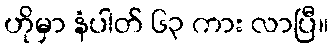
ဟိုမှာ နံပါတ် ၆၃ ကား လာပြီ။